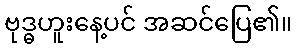
ဗုဒ္ဓဟူးနေ့ပင် အဆင်ပြေ၏။